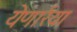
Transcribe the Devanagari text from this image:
येणार्रया